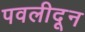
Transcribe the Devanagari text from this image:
पवलीदून